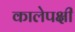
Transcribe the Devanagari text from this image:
कालेपक्षी